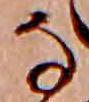
な